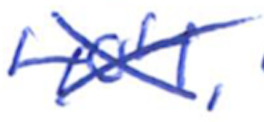
Text: 404,
Cross-out: mix
Writing tool: ballpoint